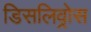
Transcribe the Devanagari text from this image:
डिसलिव्रोस